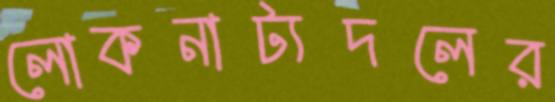
লোকনাট্যদলের